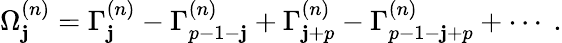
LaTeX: \Omega_{\mathbf{j}}^{(n)}=\Gamma_{\mathbf{j}}^{(n)}-\Gamma_{p-1-\mathbf{j}}^{(n)}+\Gamma_{\mathbf{j}+p}^{(n)}-\Gamma_{p-1-\mathbf{j}+p}^{(n)}+\cdots~.